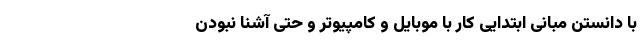
با دانستن مبانی ابتدایی کار با موبایل و کامپیوتر و حتی آشنا نبودن